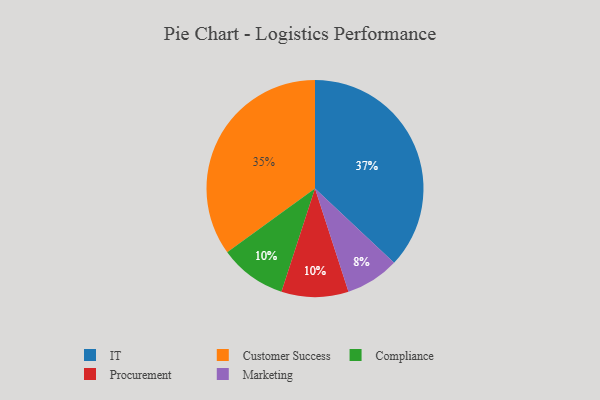
{"axis": {"x": "Category", "y": "Percentage"}, "legend": ["Compliance", "Customer Success", "IT", "Marketing", "Procurement"], "data": [{"x": "Compliance", "y": 10, "type": "Compliance"}, {"x": "IT", "y": 37, "type": "IT"}, {"x": "Customer Success", "y": 35, "type": "Customer Success"}, {"x": "Marketing", "y": 8, "type": "Marketing"}, {"x": "Procurement", "y": 10, "type": "Procurement"}]}